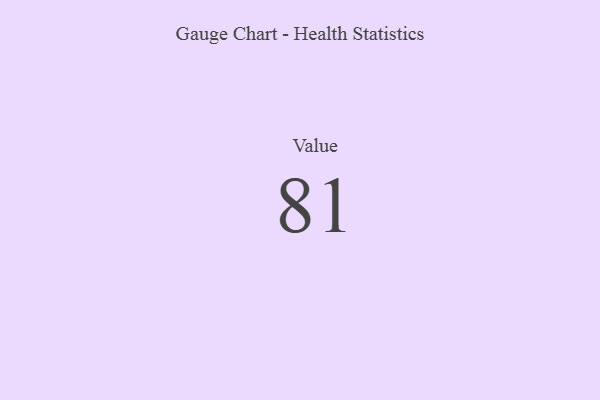
{"axis": {"x": "Metric", "y": "Value"}, "legend": [""], "data": [{"x": "Value", "y": 81, "type": ""}]}